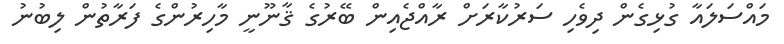
މައްސަލައާ ގުޅިގެން ދިވެހި ސަރުކާރަށް ރާއްޖެއިން ބޭރުގެ ޤާނޫނީ މާހިރުންގެ ފަރާތުން ލިބުނު